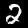
Digit: 2